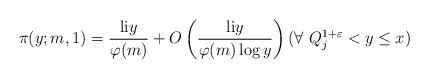
LaTeX: \begin{align*}\pi(y;m,1)=\frac{\mathrm{li}y}{\varphi(m)}+O\left(\frac{\mathrm{li}y}{\varphi(m)\log y}\right) (\forall ~Q_j^{1+\varepsilon}<y\le x)\end{align*}